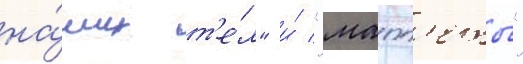
на́ших т'е́л" и́ "мапп'еты"